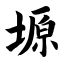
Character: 塬